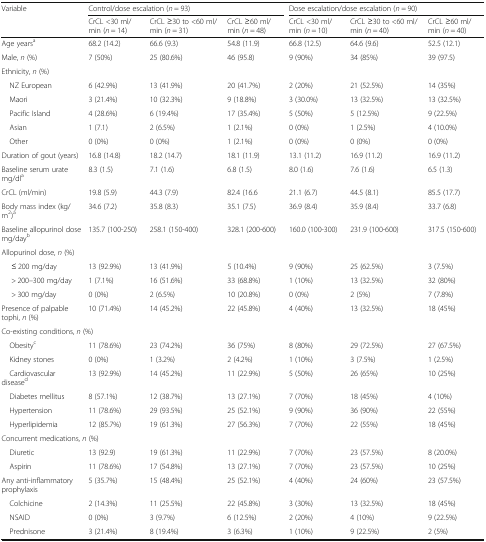
<table><thead><tr><td rowspan="2"><b>Variable</b></td><td colspan="3"><b>Control/dose escalation (<i>n</i> = 93)</b></td><td colspan="3"><b>Dose escalation/dose escalation (<i>n</i> = 90)</b></td></tr><tr><td><b>CrCL &lt;30 ml/min (<i>n</i> = 14)</b></td><td><b>CrCL ≥30 to &lt;60 ml/min (<i>n</i> = 31)</b></td><td><b>CrCL ≥60 ml/min (<i>n</i> = 48)</b></td><td><b>CrCL &lt;30 ml/min (<i>n</i> = 10)</b></td><td><b>CrCL ≥30 to &lt;60 ml/min (<i>n</i> = 40)</b></td><td><b>CrCL ≥60 ml/min (<i>n</i> = 40)</b></td></tr></thead><tbody><tr><td>Age years<sup>a</sup></td><td>68.2 (14.2)</td><td>66.6 (9.3)</td><td>54.8 (11.9)</td><td>66.8 (12.5)</td><td>64.6 (9.6)</td><td>52.5 (12.1)</td></tr><tr><td>Male, <i>n</i> (%)</td><td>7 (50%)</td><td>25 (80.6%)</td><td>46 (95.8)</td><td>9 (90%)</td><td>34 (85%)</td><td>39 (97.5)</td></tr><tr><td colspan="7">Ethnicity, <i>n</i> (%)</td></tr><tr><td> NZ European</td><td>6 (42.9%)</td><td>13 (41.9%)</td><td>20 (41.7%)</td><td>2 (20%)</td><td>21 (52.5%)</td><td>14 (35%)</td></tr><tr><td> Maori</td><td>3 (21.4%)</td><td>10 (32.3%)</td><td>9 (18.8%)</td><td>3 (30.0%)</td><td>13 (32.5%)</td><td>13 (32.5%)</td></tr><tr><td> Pacific Island</td><td>4 (28.6%)</td><td>6 (19.4%)</td><td>17 (35.4%)</td><td>5 (50%)</td><td>5 (12.5%)</td><td>9 (22.5%)</td></tr><tr><td> Asian</td><td>1 (7.1)</td><td>2 (6.5%)</td><td>1 (2.1%)</td><td>0 (0%)</td><td>1 (2.5%)</td><td>4 (10.0%)</td></tr><tr><td> Other</td><td>0 (0%)</td><td>0 (0%)</td><td>1 (2.1%)</td><td>0 (0%)</td><td>0 (0%)</td><td>0 (0%)</td></tr><tr><td>Duration of gout (years)</td><td>16.8 (14.8)</td><td>18.2 (14.7)</td><td>18.1 (11.9)</td><td>13.1 (11.2)</td><td>16.9 (11.2)</td><td>16.9 (11.2)</td></tr><tr><td>Baseline serum urate mg/dl<sup>a</sup></td><td>8.3 (1.5)</td><td>7.1 (1.6)</td><td>6.8 (1.5)</td><td>8.0 (1.6)</td><td>7.6 (1.6)</td><td>6.5 (1.3)</td></tr><tr><td>CrCL (ml/min)</td><td>19.8 (5.9)</td><td>44.3 (7.9)</td><td>82.4 (16.6</td><td>21.1 (6.7)</td><td>44.5 (8.1)</td><td>85.5 (17.7)</td></tr><tr><td>Body mass index (kg/m<sup>2</sup>)<sup>a</sup></td><td>34.6 (7.2)</td><td>35.8 (8.3)</td><td>35.1 (7.5)</td><td>36.9 (8.4)</td><td>35.9 (8.4)</td><td>33.7 (6.8)</td></tr><tr><td>Baseline allopurinol dose mg/day<sup>b</sup></td><td>135.7 (100-250)</td><td>258.1 (150-400)</td><td>328.1 (200-600)</td><td>160.0 (100-300)</td><td>231.9 (100-600)</td><td>317.5 (150-600)</td></tr><tr><td colspan="7">Allopurinol dose, <i>n</i> (%)</td></tr><tr><td>≤ 200 mg/day</td><td>13 (92.9%)</td><td>13 (41.9%)</td><td>5 (10.4%)</td><td>9 (90%)</td><td>25 (62.5%)</td><td>3 (7.5%)</td></tr><tr><td>&gt; 200–300 mg/day</td><td>1 (7.1%)</td><td>16 (51.6%)</td><td>33 (68.8%)</td><td>1 (10%)</td><td>13 (32.5%)</td><td>32 (80%)</td></tr><tr><td>&gt; 300 mg/day</td><td>0 (0%)</td><td>2 (6.5%)</td><td>10 (20.8%)</td><td>0 (0%)</td><td>2 (5%)</td><td>7 (7.8%)</td></tr><tr><td>Presence of palpable tophi, <i>n</i> (%)</td><td>10 (71.4%)</td><td>14 (45.2%)</td><td>22 (45.8%)</td><td>4 (40%)</td><td>13 (32.5%)</td><td>18 (45%)</td></tr><tr><td colspan="7">Co-existing conditions, <i>n</i> (%)</td></tr><tr><td> Obesity<sup>c</sup></td><td>11 (78.6%)</td><td>23 (74.2%)</td><td>36 (75%)</td><td>8 (80%)</td><td>29 (72.5%)</td><td>27 (67.5%)</td></tr><tr><td> Kidney stones</td><td>0 (0%)</td><td>1 (3.2%)</td><td>2 (4.2%)</td><td>1 (10%)</td><td>3 (7.5%)</td><td>1 (2.5%)</td></tr><tr><td> Cardiovascular disease<sup>d</sup></td><td>13 (92.9%)</td><td>14 (45.2%)</td><td>11 (22.9%)</td><td>5 (50%)</td><td>26 (65%)</td><td>10 (25%)</td></tr><tr><td> Diabetes mellitus</td><td>8 (57.1%)</td><td>12 (38.7%)</td><td>13 (27.1%)</td><td>7 (70%)</td><td>18 (45%)</td><td>4 (10%)</td></tr><tr><td> Hypertension</td><td>11 (78.6%)</td><td>29 (93.5%)</td><td>25 (52.1%)</td><td>9 (90%)</td><td>36 (90%)</td><td>22 (55%)</td></tr><tr><td> Hyperlipidemia</td><td>12 (85.7%)</td><td>19 (61.3%)</td><td>27 (56.3%)</td><td>7 (70%)</td><td>22 (55%)</td><td>18 (45%)</td></tr><tr><td colspan="7">Concurrent medications, <i>n</i> (%)</td></tr><tr><td> Diuretic</td><td>13 (92.9)</td><td>19 (61.3%)</td><td>11 (22.9%)</td><td>7 (70%)</td><td>23 (57.5%)</td><td>8 (20.0%)</td></tr><tr><td> Aspirin</td><td>11 (78.6%)</td><td>17 (54.8%)</td><td>13 (27.1%)</td><td>7 (70%)</td><td>23 (57.5%)</td><td>10 (25%)</td></tr><tr><td>Any anti-inflammatory prophylaxis</td><td>5 (35.7%)</td><td>15 (48.4%)</td><td>25 (52.1%)</td><td>4 (40%)</td><td>24 (60%)</td><td>23 (57.5%)</td></tr><tr><td> Colchicine</td><td>2 (14.3%)</td><td>11 (25.5%)</td><td>22 (45.8%)</td><td>3 (30%)</td><td>13 (32.5%)</td><td>18 (45%)</td></tr><tr><td> NSAID</td><td>0 (0%)</td><td>3 (9.7%)</td><td>6 (12.5%)</td><td>2 (20%)</td><td>4 (10%)</td><td>9 (22.5%)</td></tr><tr><td> Prednisone</td><td>3 (21.4%)</td><td>8 (19.4%)</td><td>3 (6.3%)</td><td>1 (10%)</td><td>9 (22.5%)</td><td>2 (5%)</td></tr></tbody></table>